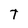
Character: T